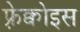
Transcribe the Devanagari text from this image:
फ़्रेक्वोइस